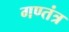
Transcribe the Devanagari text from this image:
गण्तंत्र